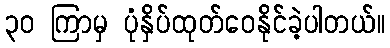
၃၀ ကြာမှ ပုံနှိပ်ထုတ်ဝေနိုင်ခဲ့ပါတယ်။